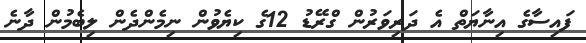
ފައިސާގެ އިނާޔަތް އެ ދަރިވަރުން ގްރޭޑު 12ގެ ކިޔެވުން ނިމެންދެން ލިބެމުން ދާނެ